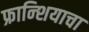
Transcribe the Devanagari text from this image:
फ्रान्शियाचा